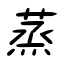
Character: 蒸